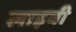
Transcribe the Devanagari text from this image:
लाइवी